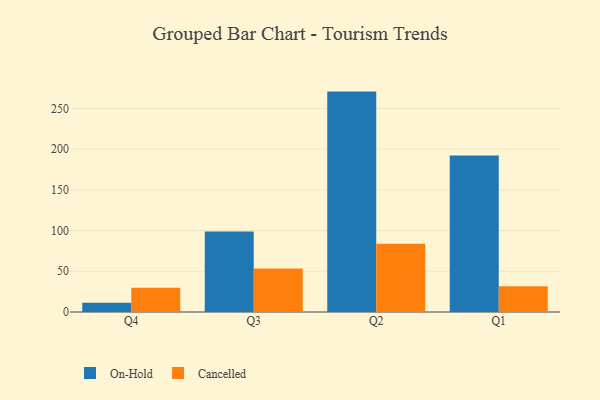
{"axis": {"x": "Quarter", "y": "Satisfaction Score"}, "legend": ["Cancelled", "On-Hold"], "data": [{"x": "Q4", "y": 11.5, "type": "On-Hold"}, {"x": "Q4", "y": 29.7, "type": "Cancelled"}, {"x": "Q3", "y": 98.8, "type": "On-Hold"}, {"x": "Q3", "y": 53.5, "type": "Cancelled"}, {"x": "Q2", "y": 270.6, "type": "On-Hold"}, {"x": "Q2", "y": 83.8, "type": "Cancelled"}, {"x": "Q1", "y": 192.2, "type": "On-Hold"}, {"x": "Q1", "y": 31.5, "type": "Cancelled"}]}